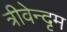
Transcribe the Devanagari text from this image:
त्रीवेन्दृम